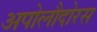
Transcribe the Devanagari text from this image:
अपोलौदोरस